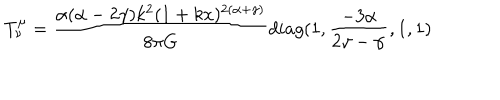
T _ { \nu } ^ { \mu } = \frac { \alpha ( \alpha - 2 \gamma ) k ^ { 2 } ( 1 + k x ) ^ { 2 ( \alpha + \gamma ) } } { 8 \pi G } d i a g ( 1 , \frac { - 3 \alpha } { 2 \gamma - \alpha } , 1 , 1 )